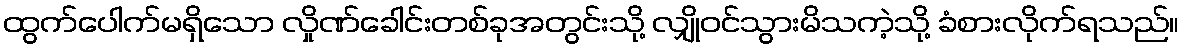
ထွက်ပေါက်မရှိသော လှိုဏ်ခေါင်းတစ်ခုအတွင်းသို့ လျှိုဝင်သွားမိသကဲ့သို့ ခံစားလိုက်ရသည်။